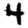
Digit: 4